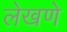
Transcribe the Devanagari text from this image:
लेखणे